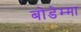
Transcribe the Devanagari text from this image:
बोडेम्मा